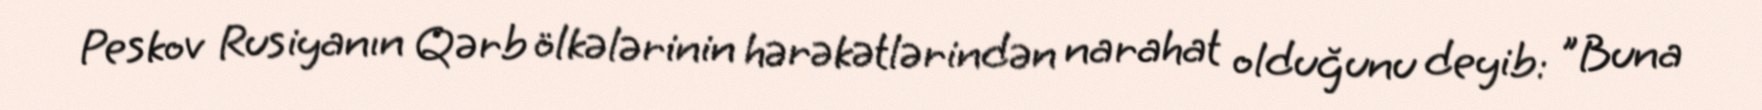
Peskov Rusiyanın Qərb ölkələrinin hərəkətlərindən narahat olduğunu deyib: "Buna